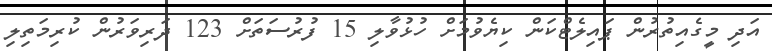
އަދި މީގެއިތުރުން ޕައިލެޓްކަން ކިޔެވުމަށް ހުޅުވާލި 15 ފުރުސަތަށް 123 ދަރިވަރުން ކުރިމަތިލި